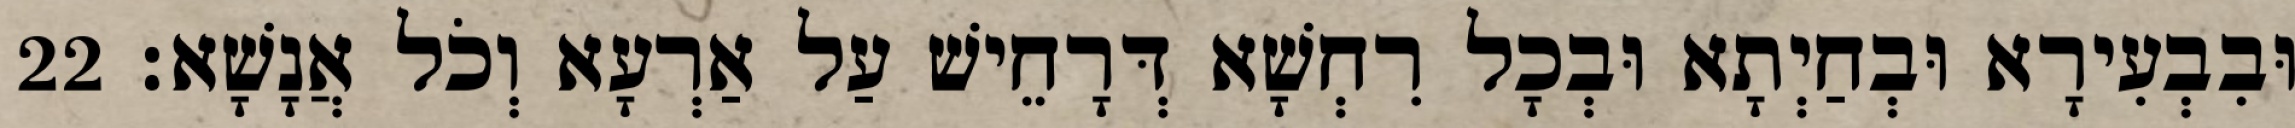
וּבִבְעִירָא וּבְחַיְתָא וּבְכָל רִחְשָׁא דְּרָחֵישׁ עַל אַרְעָא וְכֹל אֲנָשָׁא׃ 22